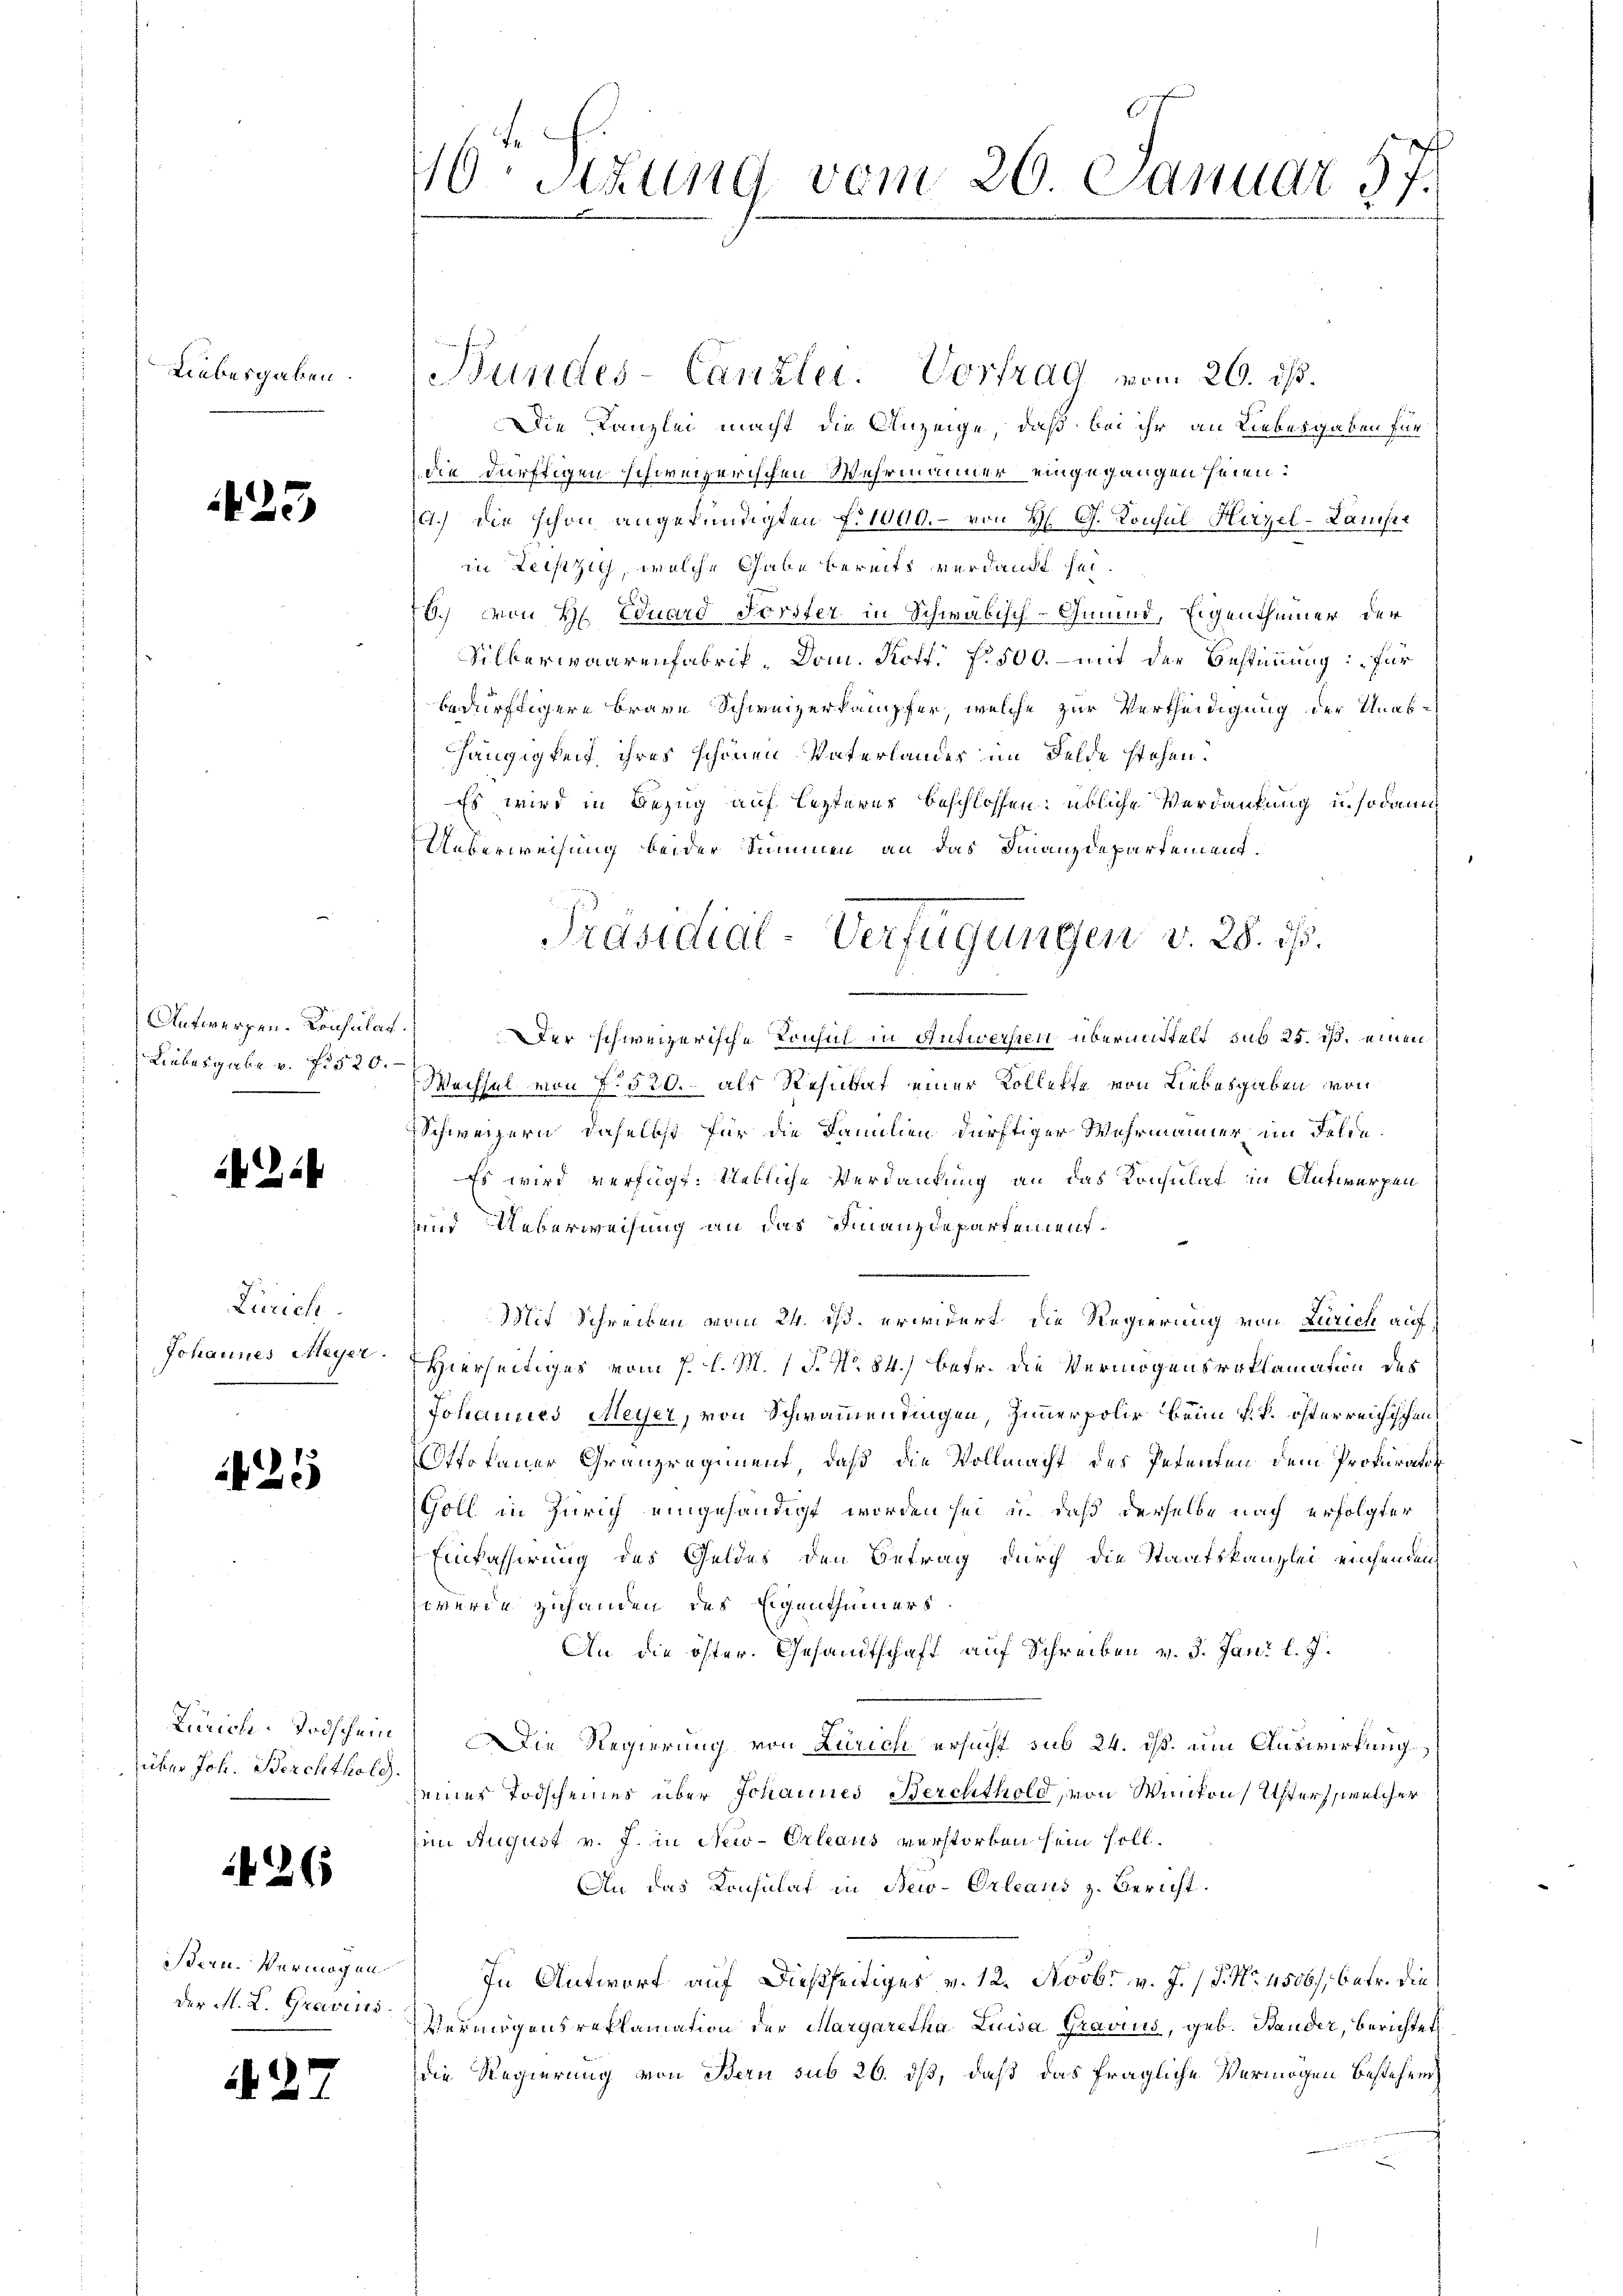
10. Sitzung vom 26 Januar 57.

e

Bundes-Canzlei. Vortrag vom 26. ds.
Die Kanzlei macht die Anzeige, daß bei ihr an Liebesgaben für
die dürftigen schweizerischen Wehrmimmer eingegangen seien.
4.) Die schon angekündigten f. 1000.- von H. G. Konsul Hirzel-Laufer
in Teiszig, welche Gabe bereits verdankt sei
6.) Von H. Eduard Forster in Schwäbisch-Gmund, Eigenthümer der
Silkerwaarenfabrik, Dom. Kott. f. 500. – mit der Bestimmung: „für
bedürftigere brave Schweizerkampfer, welche zur Vertheidigung der Unab-
hängigkeit ihres schönen Vaterlandes im Felde stehen.
Es wird in Bezug auf lezteres beschlossen: übliche Verdankung in sodann
Ueberweisung beider Summen an das Finanzdepartement.
.
Der schweizerische Konsul in Antwerfen übermittelt sub 25. ds. einen
Wechsel von N. 520. als Restat einer Kollekte von Liebesgaben von
Schweizern, daselbst für die Familien dürftiger Wahrmänner im Felde.
Es wird verfügt: Uetliche Verdankung an das Konsulat in Antworfen
und Ueberweisung an das Finanzdepartement¬
Mit Schreiben vom 24. ist erwidert die Regierung von Zürich auf
Hierseitiges vom 7. d. M. 1 S. No 84) betr. die Vermögensroklamation des
Johannes Meyer, von Schwammendingen, Zimmerpolir beim k. k. österreichischen
Ottokaner Granzregiment, daß die Vollmacht des Petenten dem Prokurato¬
Goll in Zürich eingehändigt worden sei, u. daß derselbe nach erfolgter
Einfasserung des Geldes den Betrag durch die Staatskanzlei euchenden
werde zuhanden des Eigenthümers
An die öster. Gesandtschaft auf Schreiben v. 3. Jani l. J.
ie Regierung von Zürich ersucht sub 24. ds. um Auswirkung
seines Todscheines über Johannes Berchthold, von Wanton Usters, welcher
(im August v. J. in New-Orleaus verstorben sein soll.
An das Konsulat in New-Orleaus z. Gericht.
In Antwort auf dießseitiges v. 12. Novbr v. J. (T. No. 4506/, betr. die
Vermögensreklamation der Margaretha Luisa Gravius, geb. Bander, Berichtet
die Regierung von Bern sub 26. dß, daß das fragliche Vermögen bestehend

Liebesgaben.

i

83

Präsidial-Verfügungen v. 28. ds.

Antwerfen. Konsulat
Liebesgabe v. f. 520.

2

2

Zürich.
Johannes Meyer.

425

Zürich-Todschein
über Joh. Berchthold

26

Bern Vermögen
Der M. L. Graveni

2

.